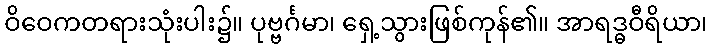
ဝိဝေကတရားသုံးပါး၌။ ပုဗ္ဗင်္ဂမာ၊ ရှေ့သွားဖြစ်ကုန်၏။ အာရဒ္ဓဝီရိယာ၊